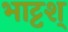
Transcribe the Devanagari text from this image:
भाट्टश्